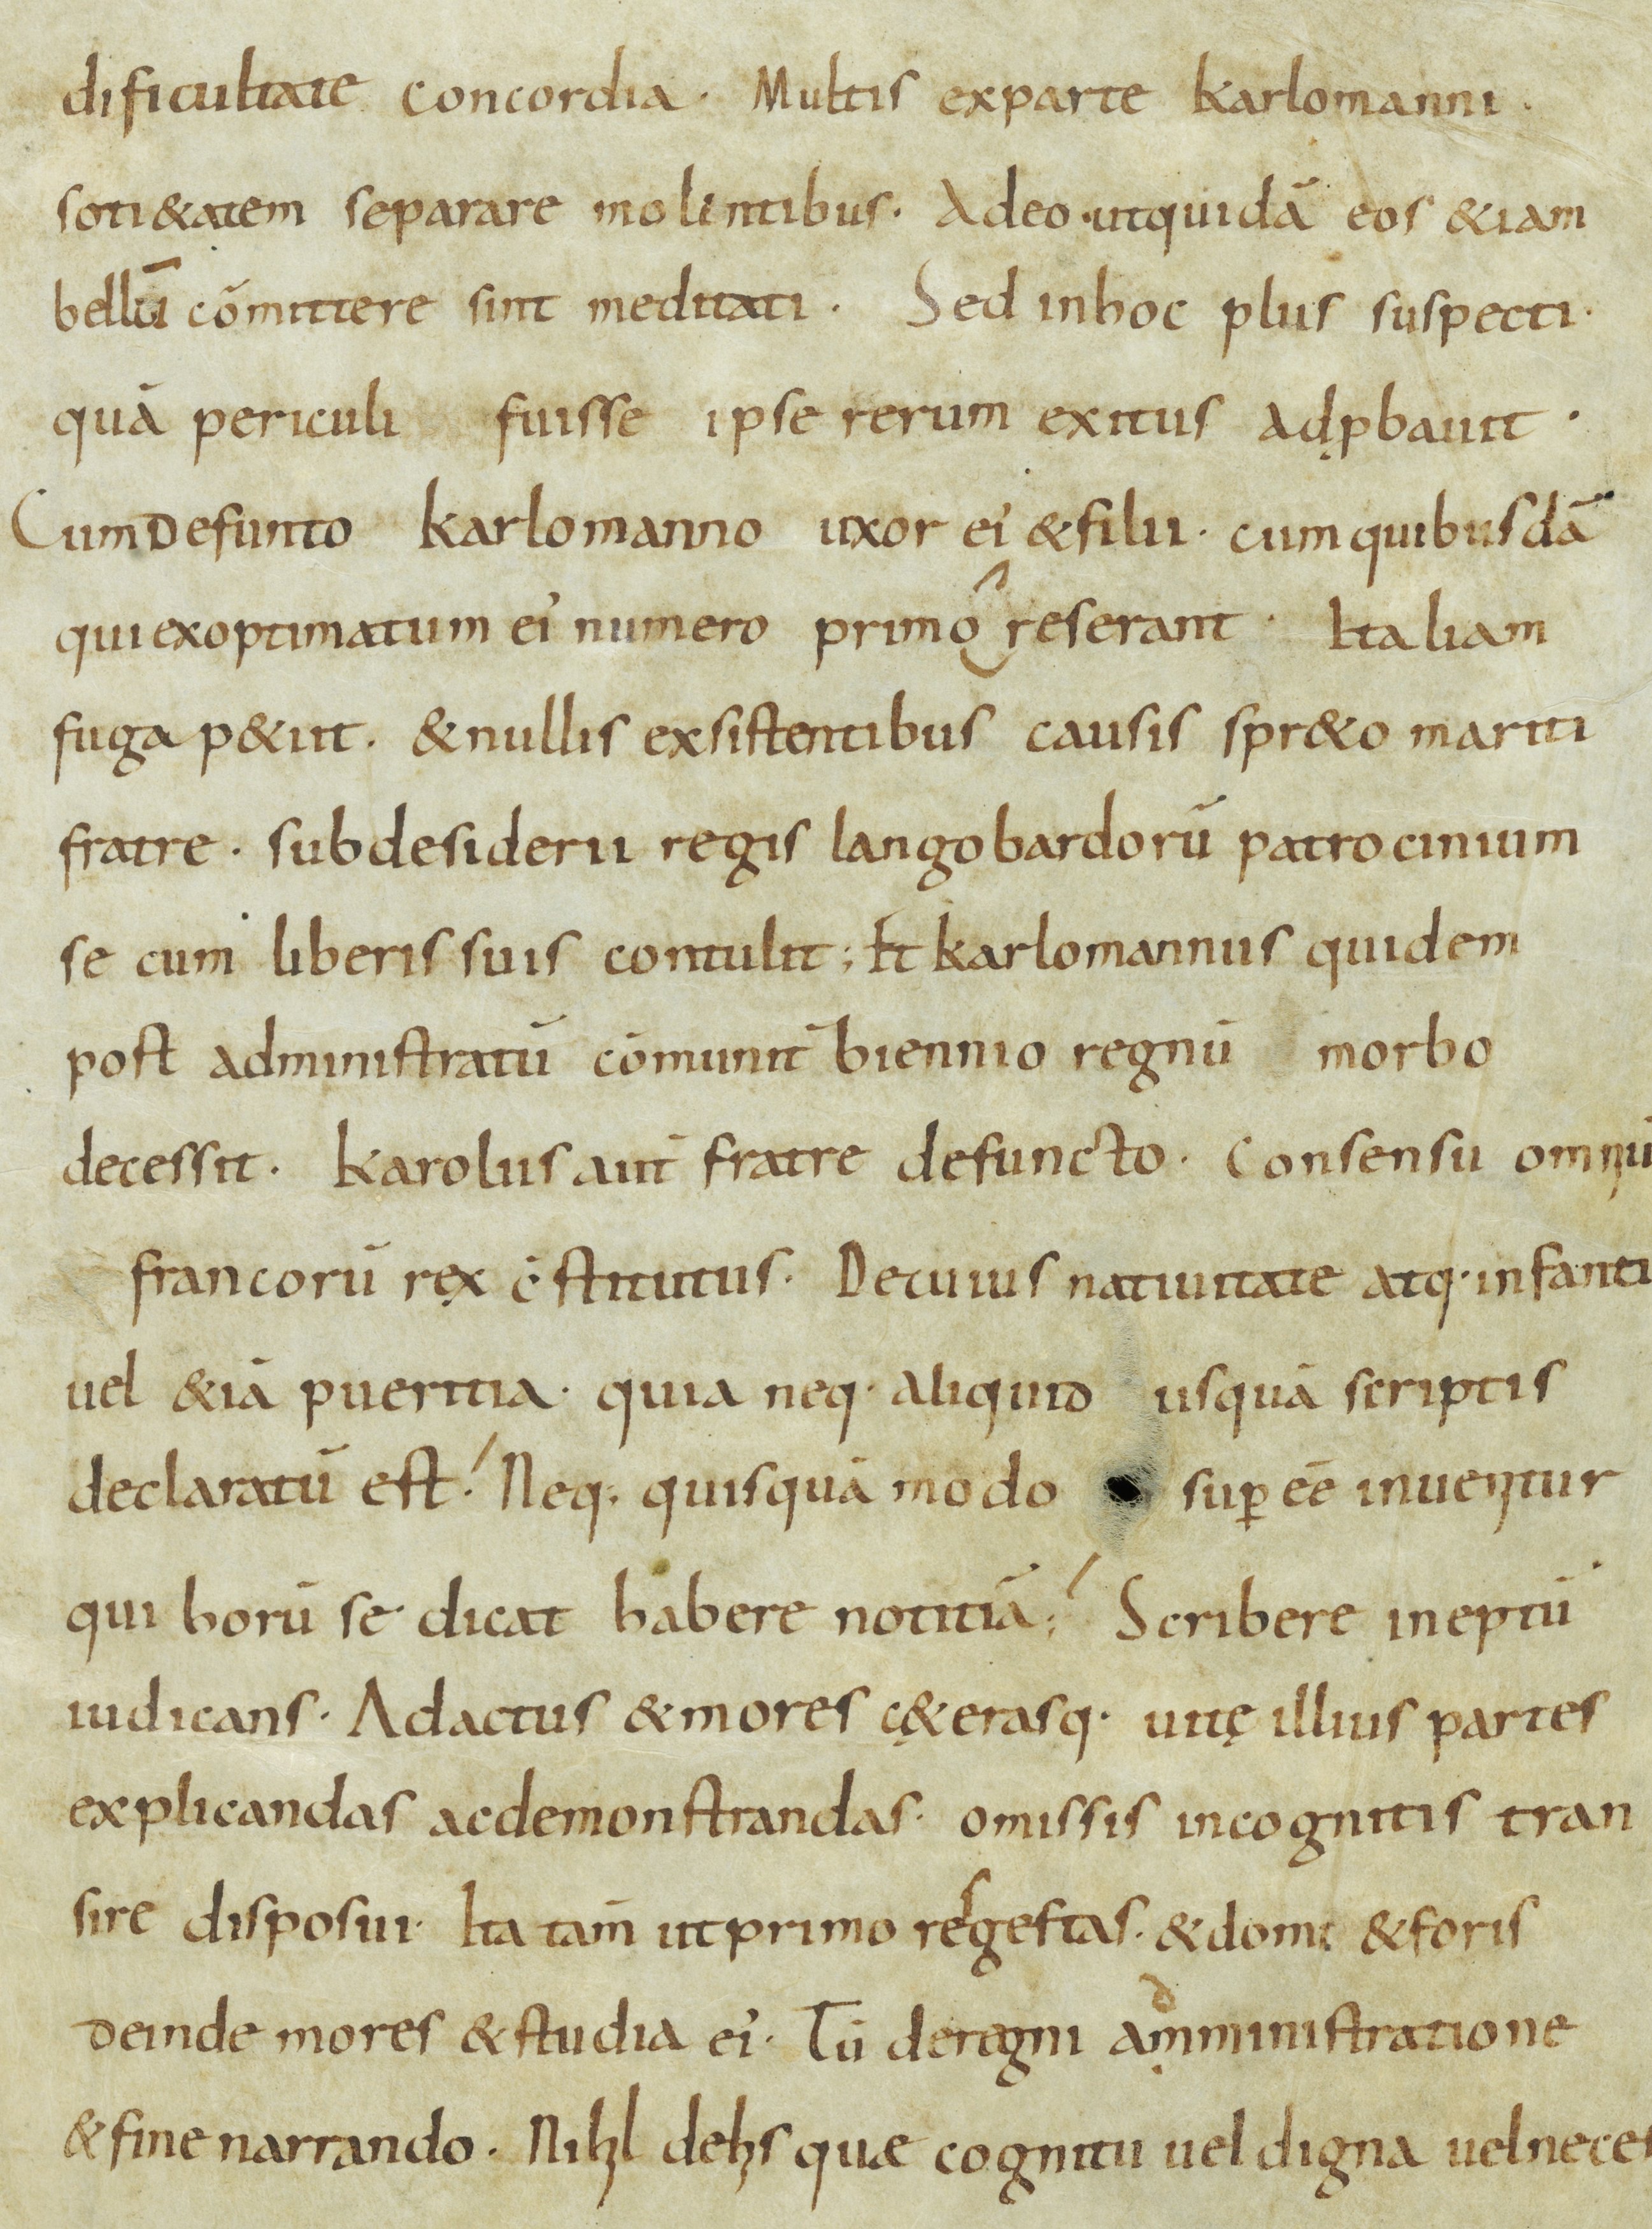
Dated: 900–932